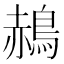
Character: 𪁌